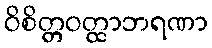
ဝိစိတ္တဝတ္ထာဘရဏာ